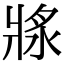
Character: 𤖅